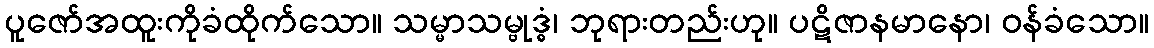
ပူဇော်အထူးကိုခံထိုက်သော။ သမ္မာသမ္ဗုဒ္ဓံ၊ ဘုရားတည်းဟု။ ပဋိဇာနမာနော၊ ဝန်ခံသော။